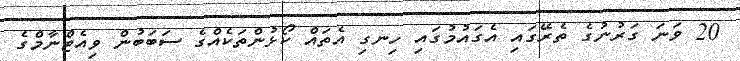
20 ވަނަ ގަރުނުގެ ތެރޭގައި އެގައުމުގައި ހިނގި އެތައް ކޯޅުންތަކެއްގެ ސަބަބުން ވިއެޓްނާމްގެ